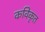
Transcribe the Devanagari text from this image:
कविकृत